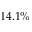
1 4 . 1 \%